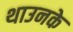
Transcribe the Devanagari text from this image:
थाउनके